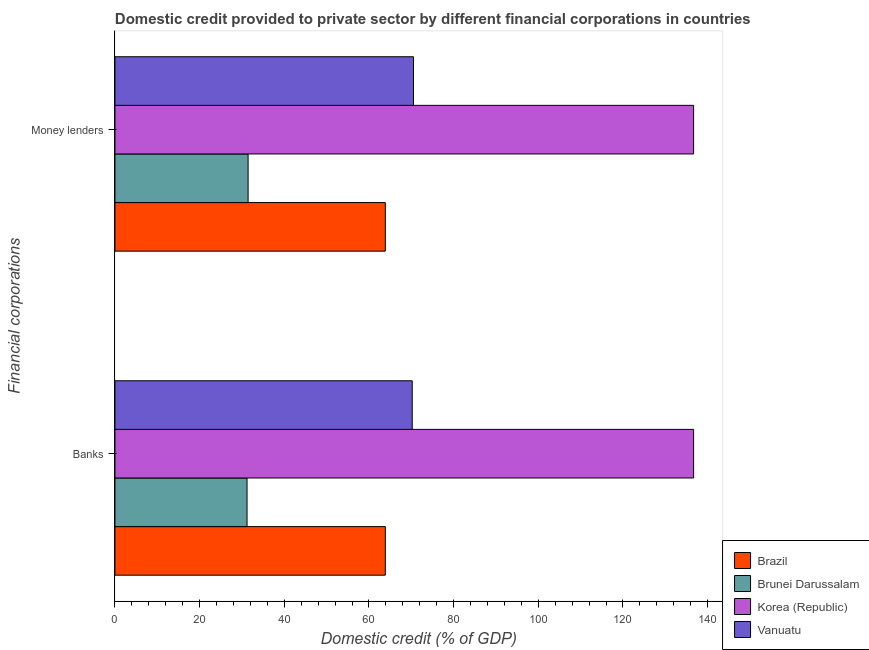
| Financial corporations | Brazil | Brunei Darussalam | Korea (Republic) | Vanuatu |
 | --- | --- | --- | --- | --- |
 | Banks | 63.9 | 31.2 | 137 | 70.2 |
 | Money lenders | 63.9 | 31.5 | 137 | 70.5 |